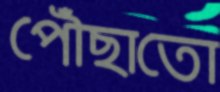
পৌঁছাতো